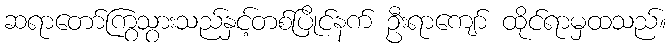
ဆရာတော်ကြွသွားသည်နှင့်တစ်ပြိုင်နက် ဦးရာကျော် ထိုင်ရာမှထသည်။